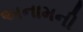
અનામની